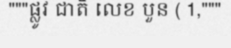
"""ផ្លូវ ជាតិ លេខ បួន ( 1,"""